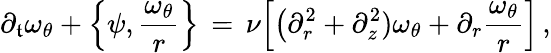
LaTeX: \partial_{\mathfrak{t}}\omega_{\theta}+\Bigl\{ \psi,\frac{{\omega_{\theta}}}{{r}}\Bigr\} \, =\, \nu\Bigl[\bigl(\partial_{r}^{2}+\partial_{z}^{2})\omega_{\theta}+\partial_{r}\frac{{\omega_{\theta}}}{{r}}\Bigr]\, ,